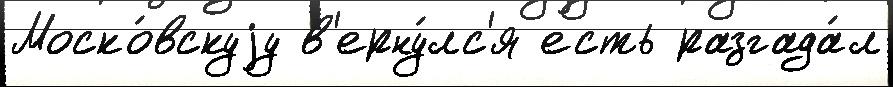
Моско́вскуjу в'ерну́лс'я есть разгада́л